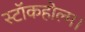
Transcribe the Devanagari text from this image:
स्टॉकहोल्म।